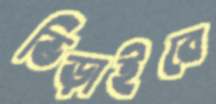
ভিড়াইবে